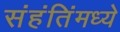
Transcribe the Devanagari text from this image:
संहंतिंमध्ये